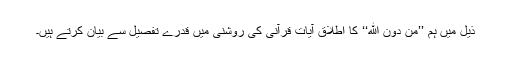
ذیل میں ہم ’’مِنْ دُوْنِ اللهِ‘‘ کا اطلاق آیاتِ قرآنی کی روشنی میں قدرے تفصیل سے بیان کرتے ہیں۔